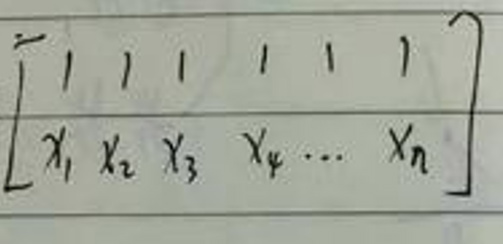
\[
\begin{bmatrix}
1 & 1 & 1 & 1 & 1 & 1 \\
x_1 & x_2 & x_3 & x_4 & \cdots & x_n
\end{bmatrix}
\]